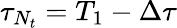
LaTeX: \tau_{N_{t}}=T_{1}-\Delta\tau